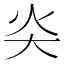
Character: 𡗩